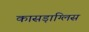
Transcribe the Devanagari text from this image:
कासड़ाग्लिस